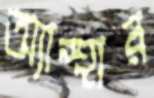
অ্যান্থার